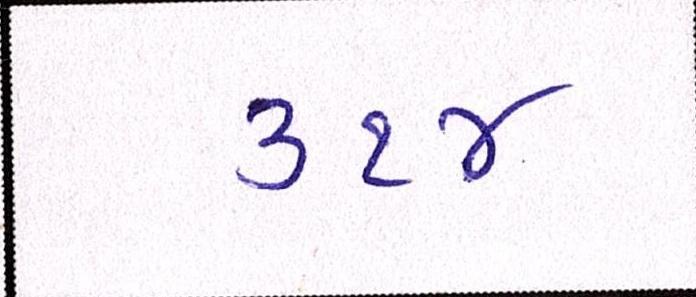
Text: ૩૧૪